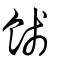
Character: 餞